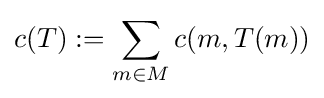
c(T):=\sum _{m\in M}c(m,T(m))